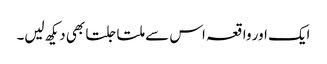
ایک اور واقعہ اس سے ملتا جلتا بھی دیکھ لیں۔